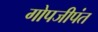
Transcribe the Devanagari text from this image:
गोपजीपंत